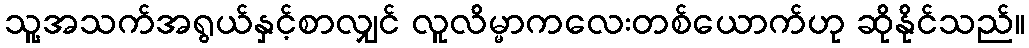
သူ့အသက်အရွယ်နှင့်စာလျှင် လူလိမ္မာကလေးတစ်ယောက်ဟု ဆိုနိုင်သည်။